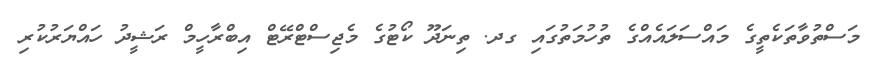
މަސްތުވާތަކެތީގެ މައްސަލައެއްގެ ތުހުމަތުގައި ގދ. ތިނަދޫ ކޯޓުގެ މެޖިސްޓްރޭޓް އިބްރާހީމް ރަޝީދު ހައްޔަރުކުރި